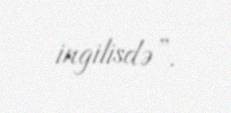
ingilisdə”.